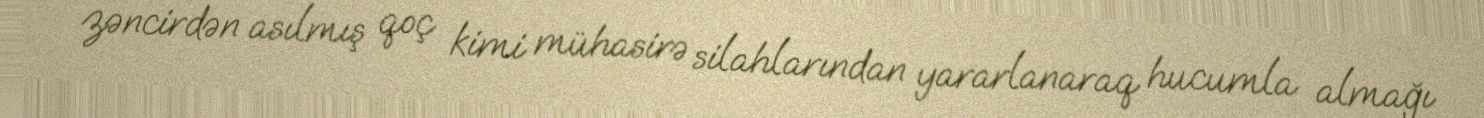
zəncirdən asılmış qoç kimi mühasirə silahlarından yararlanaraq hucumla almağı